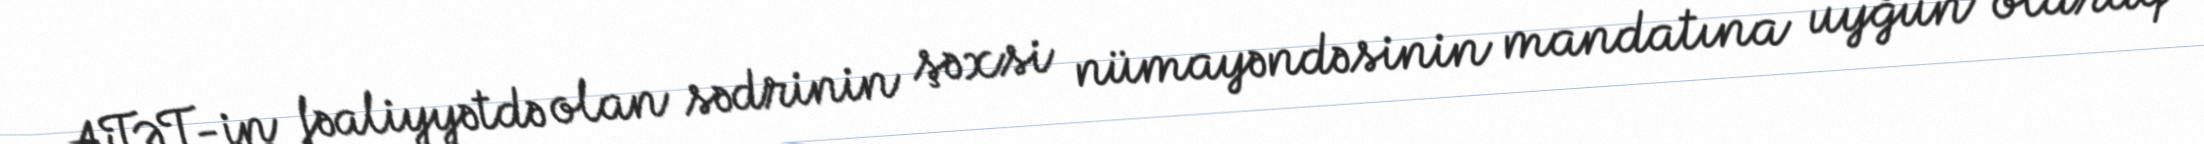
ATƏT-in fəaliyyətdə olan sədrinin şəxsi nümayəndəsinin mandatına uyğun olaraq